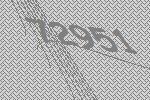
72951